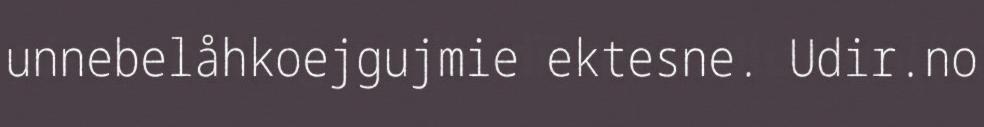
unnebelåhkoejgujmie ektesne. Udir.no